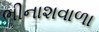
ભીનાશવાળા